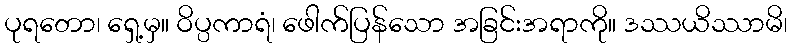
ပုရတော၊ ရှေ့မှ။ ဝိပ္ပကာရံ၊ ဖေါက်ပြန်သော အခြင်းအရာကို။ ဒဿယိဿာမိ၊